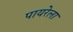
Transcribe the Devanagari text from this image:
पायरेला